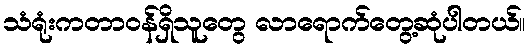
သံရုံးကတာဝန်ရှိသူတွေ လာရောက်တွေ့ဆုံပါတယ်။